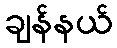
ချန်နယ်